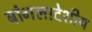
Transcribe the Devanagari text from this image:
बांगलादेशीय